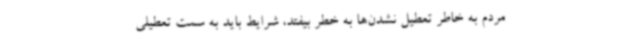
مردم به خاطر تعطیل نشدن‌ها به خطر بیفتد، شرایط باید به سمت تعطیلی